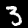
Label: 3